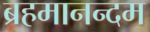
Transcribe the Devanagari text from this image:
ब्रहमानन्दम